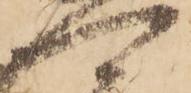
可